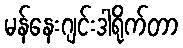
မန်နေးဂျင်းဒါရိုက်တာ